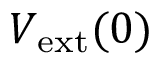
V _ { \mathrm { e x t } } ( 0 )